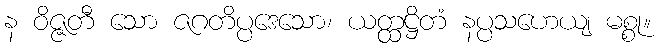
န ဝိဇ္ဇတီ သော ဇဂတိပ္ပဒေသော၊ ယတ္ထဋ္ဌိတံ နပ္ပသဟေယျ မစ္စု။